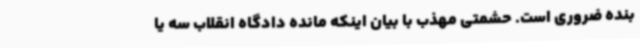
بنده ضروری است. حشمتی مهذب با بیان اینکه مانده دادگاه انقلاب سه یا